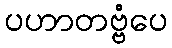
ပဟာတဗ္ဗံပေ